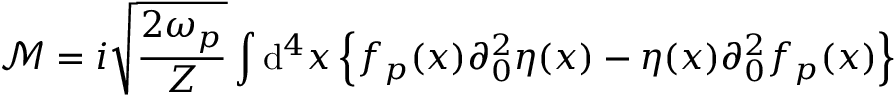
{ \mathcal { M } } = i { \sqrt { \frac { 2 \omega _ { p } } { Z } } } \int \mathrm { d } ^ { 4 } x \left\{ f _ { p } ( x ) \partial _ { 0 } ^ { 2 } \eta ( x ) - \eta ( x ) \partial _ { 0 } ^ { 2 } f _ { p } ( x ) \right\}